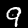
Digit: 9